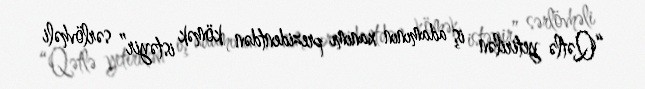
“Qətlə yetirilən iş adamının xanımı prezidentdən kömək istəyir” sərlövhəli